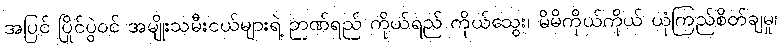
အပြင် ပြိုင်ပွဲဝင် အမျိုးသမီးငယ်များရဲ့ ဉာဏ်ရည် ကိုယ်ရည် ကိုယ်သွေး၊ မိမိကိုယ်ကိုယ် ယုံကြည်စိတ်ချမှု၊